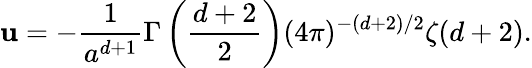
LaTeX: \mathbf{u}=-{\frac{{1}}{{a^{d+1}}}}\Gamma\left({\frac{{d+2}}{{2}}}\right)(4\pi)^{-(d+2)/2}\zeta(d+2).